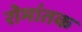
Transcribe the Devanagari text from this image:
रोमांतक